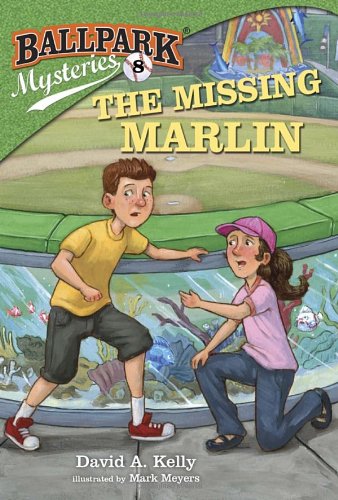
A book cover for Ballpark Mysteries #8: The Missing Marlin (A Stepping Stone Book(TM)); David A. Kelly; Children's Books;